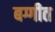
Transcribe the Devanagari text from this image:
बग्गीत